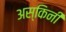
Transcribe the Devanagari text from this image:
अस्किनी